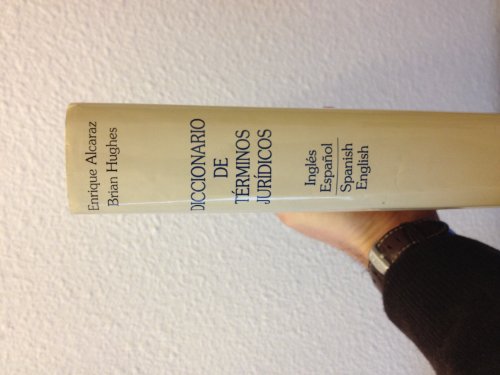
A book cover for Diccionario De Terminos Juridicos: Ingles-Espanol / Spanish-English (English and Spanish Edition); Enrique Alcaraz Varo; Law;